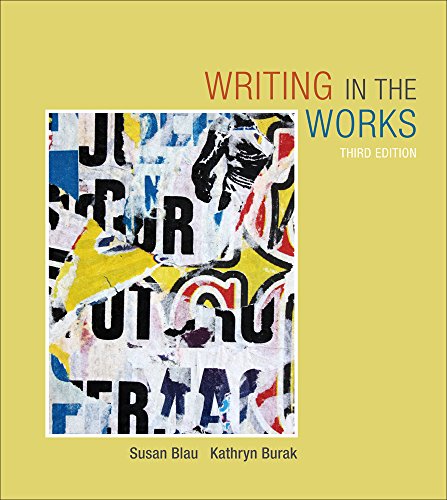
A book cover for Writing in the Works; Susan Blau; Reference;